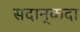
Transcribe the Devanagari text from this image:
सदान्‌कदा